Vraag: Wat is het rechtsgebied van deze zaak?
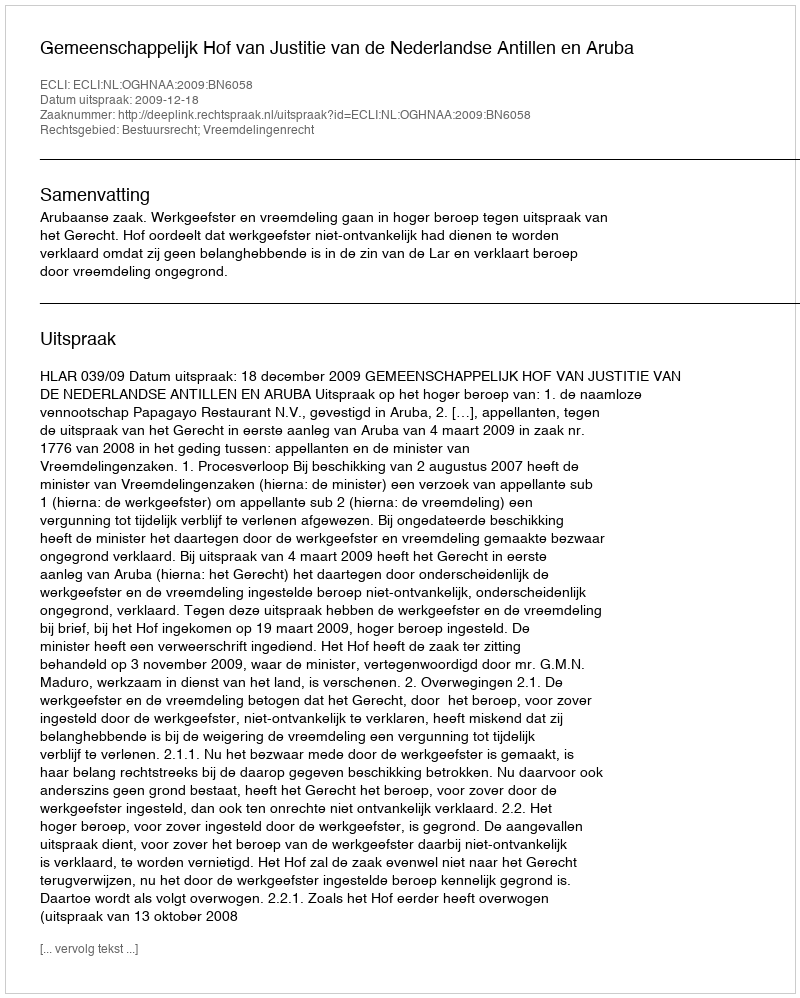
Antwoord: Bestuursrecht; Vreemdelingenrecht